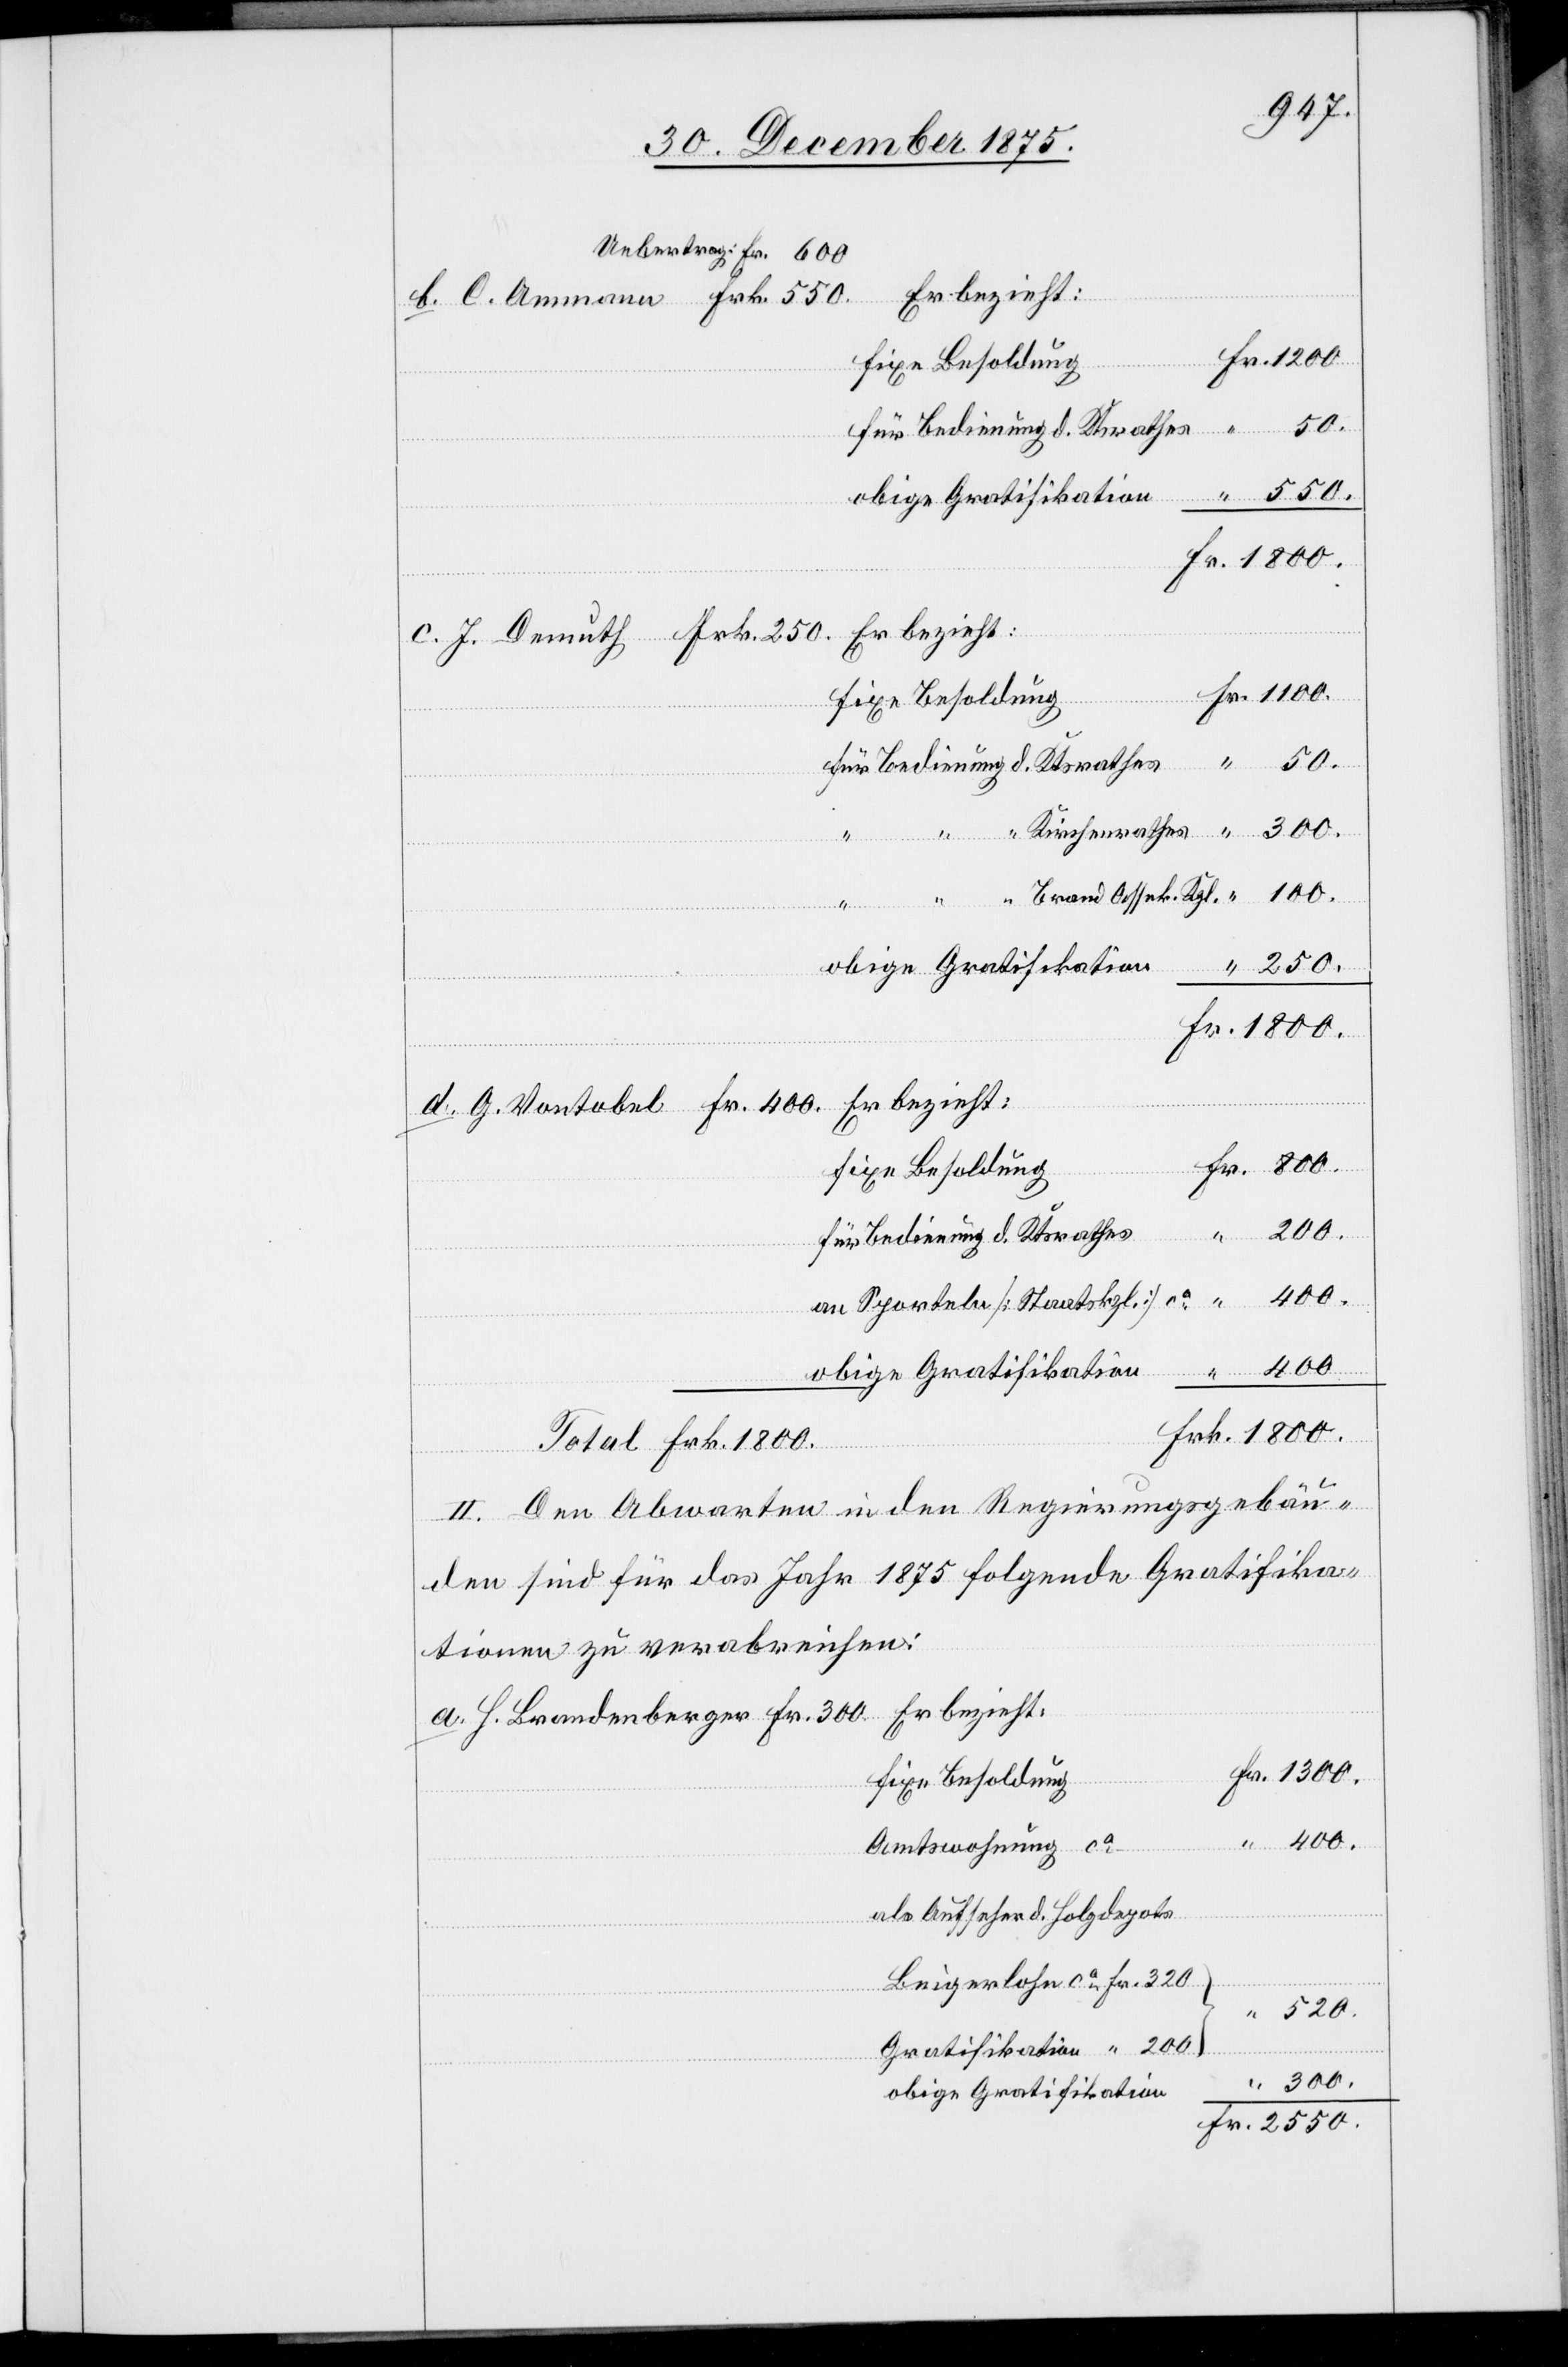
für Bedienung d. Ktsrathes
Frk.
Er bezieht:
Brandenberger
Fr.
2550.
520.
Total
an Sporteln [Staatskzl.] ca
400.
obige Gratifikation
II. Den Abwarten in den Regierungsgebäu¬
den sind für das Jahr 1875 folgende Gratifika¬
tionen zu verabreichen:
fixe Besoldung
Amtswohnung ca
als Aufsehen d. Holzdepots
Beizerlohn ca Fr. 320
muth
Gratifikation “ 200
300.
obige Gratifikation